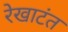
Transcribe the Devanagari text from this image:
रेखाटंत